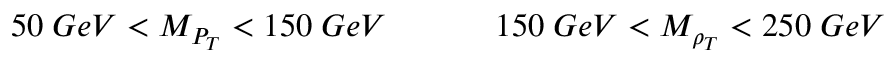
5 0 \; G e V < M _ { P _ { T } } < 1 5 0 \; G e V \ \ \ \ \ \ \ \ \ \ 1 5 0 \; G e V < M _ { \rho _ { T } } < 2 5 0 \; G e V